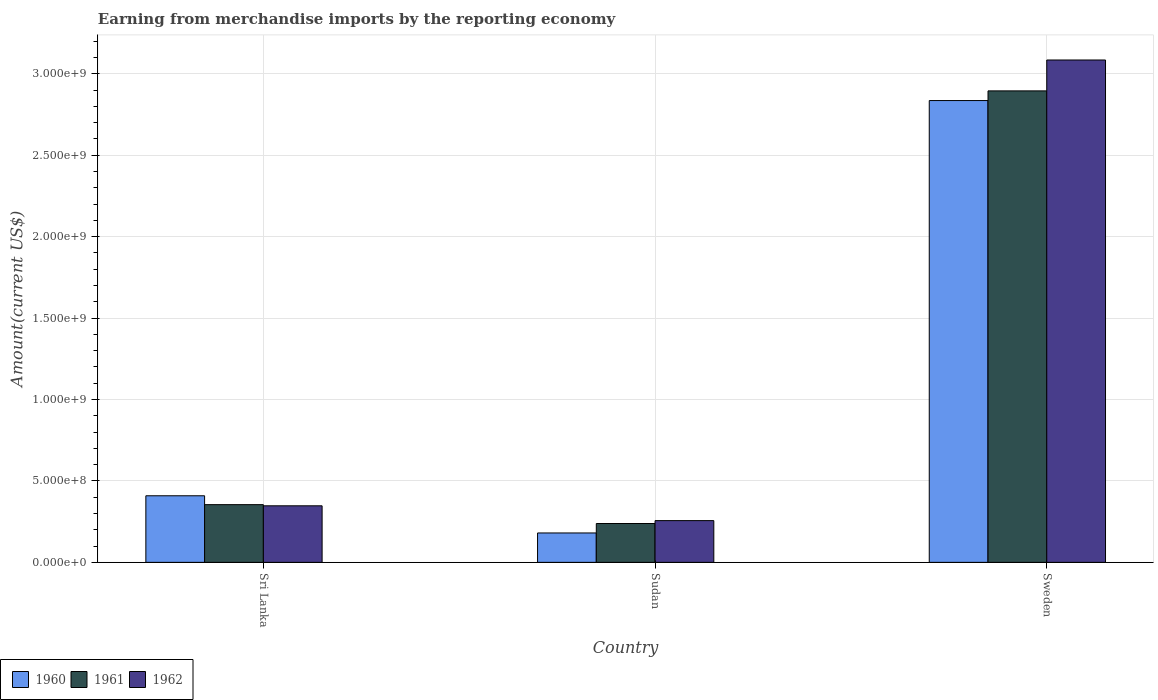
| Country | 1960 | 1961 | 1962 |
 | --- | --- | --- | --- |
 | Sri Lanka | 4.09e+08 | 3.54e+08 | 3.47e+08 |
 | Sudan | 1.80e+08 | 2.38e+08 | 2.56e+08 |
 | Sweden | 2.84e+09 | 2.89e+09 | 3.08e+09 |